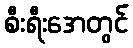
စီးရီးအေတွင်